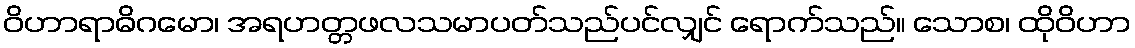
ဝိဟာရာဓိဂမော၊ အရဟတ္တဖလသမာပတ်သည်ပင်လျှင် ရောက်သည်။ သောစ၊ ထိုဝိဟာ